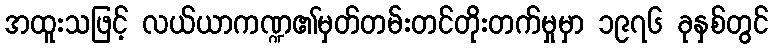
အထူးသဖြင့် လယ်ယာကဏ္ဍ၏မှတ်တမ်းတင်တိုးတက်မှုမှာ ၁၉၇၆ ခုနှစ်တွင်